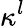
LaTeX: \kappa^{l}